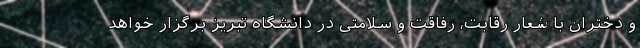
و دختران با شعار رقابت، رفاقت و سلامتی در دانشگاه تبریز برگزار خواهد